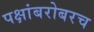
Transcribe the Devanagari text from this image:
पक्षांबरोबरच